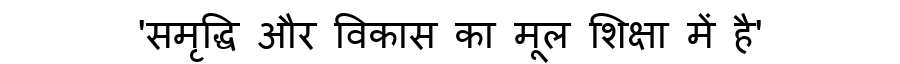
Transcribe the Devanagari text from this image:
'समृद्धि और विकास का मूल शिक्षा में है'